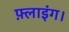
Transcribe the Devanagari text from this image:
फ़्लाइंग।